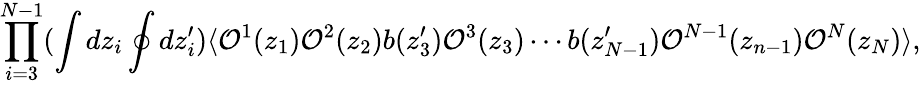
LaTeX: \prod_{i=3}^{N-1}(\int dz_{i}\oint dz_{i}^{\prime})\langle{\cal O}^{1}(z_{1}){\cal O}^{2}(z_{2})b(z_{3}^{\prime}){\cal O}^{3}(z_{3})\cdots b(z_{N-1}^{\prime}){\cal O}^{N-1}(z_{n-1}){\cal O}^{N}(z_{N})\rangle,